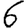
Digit: 6